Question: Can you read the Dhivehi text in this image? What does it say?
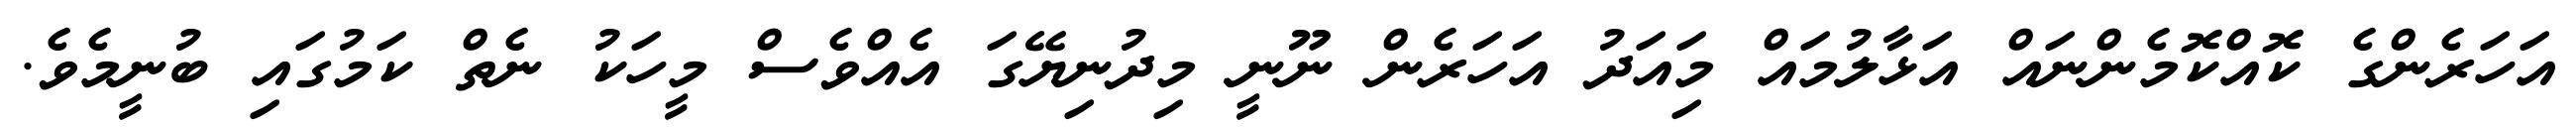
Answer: އަހަރެންގެ ކޮއްކޮމެންނައް އަޅާލުމައް މިައަދު އަހަރެން ނޫނީ މިދުނިޔޭގަ އެއްވެސް މީހަކު ނެތް ކަމުގައި ބުނީމެވެ.